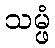
သမ္ဖံ